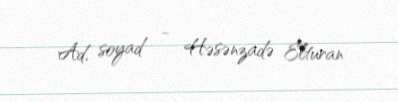
Ad, soyad - Həsənzadə Elturan